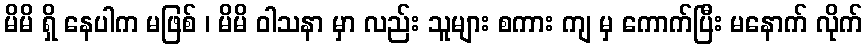
မိမိ ရှိ နေပါက မဖြစ် ၊ မိမိ ဝါသနာ မှာ လည်း သူများ စကား ကျ မှ ကောက်ပြီး မနောက် လိုက်